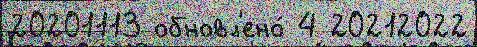
20201113 обновл'ено́ 4 20212022